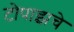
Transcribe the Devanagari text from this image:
टोपाझचे